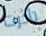
تأخرت